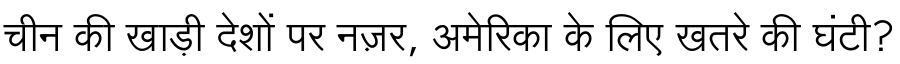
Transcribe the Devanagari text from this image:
चीन की खाड़ी देशों पर नज़र, अमेरिका के लिए खतरे की घंटी?